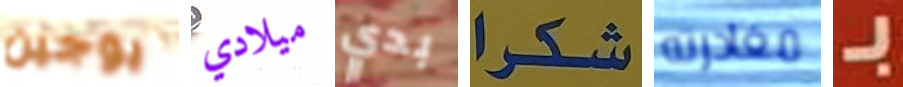
يوجين ميلادي بدي شكرا مغادرته بـ